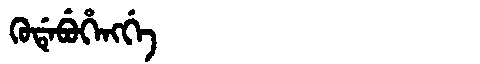
Manchu: ᡴᡠᡩᡝᠪᡠᡥᡝᠩᡤᡝ
Romanization: KUDEBUHENGGE